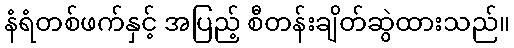
နံရံတစ်ဖက်နှင့် အပြည့် စီတန်းချိတ်ဆွဲထားသည်။